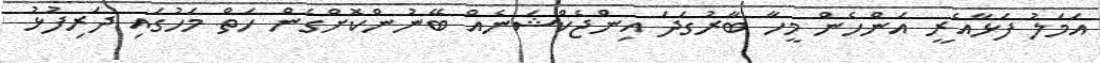
އަމަލު ފަޅާއެރީ އަންހެން މީހާ ބާރުގަދަ އިންޖެކްޝަނެއް ބޭނުންކޮށްގެން ހަތް މަހުގައި ދަރިފުޅު